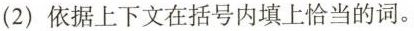
(2)依据上下文在括号内填上恰当的词。